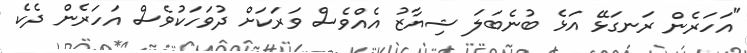
"އަހަރެން ރަނގަޅޭ އަޅެ ބުނެބަލަ ޝިޔާޒު އެއްވެސް ވަރަކަށް ދުވަހަކުވެސް އަހަރެން ދެކެ